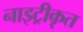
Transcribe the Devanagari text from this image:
नाइट्रीकृत